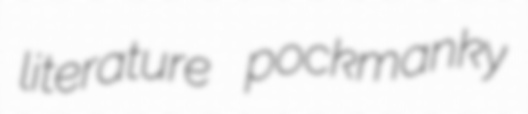
literature pockmanky